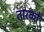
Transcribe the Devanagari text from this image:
तारकों